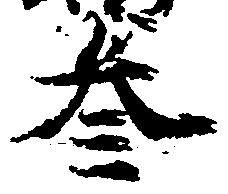
参